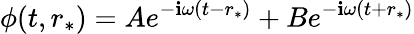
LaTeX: \phi(t,r_{*})=Ae^{-\mathbf{i}\omega(t-r_{*})}+Be^{-\mathbf{i}\omega(t+r_{*})}